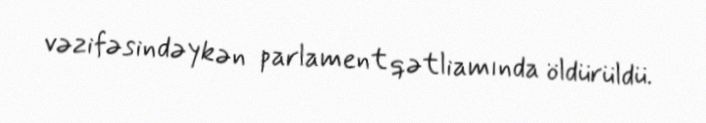
vəzifəsindəykən parlament qətliamında öldürüldü.